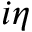
i \eta